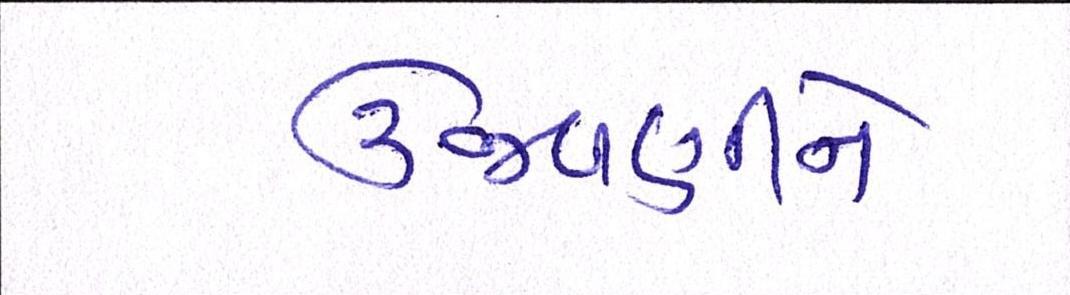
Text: ઉજવણીને